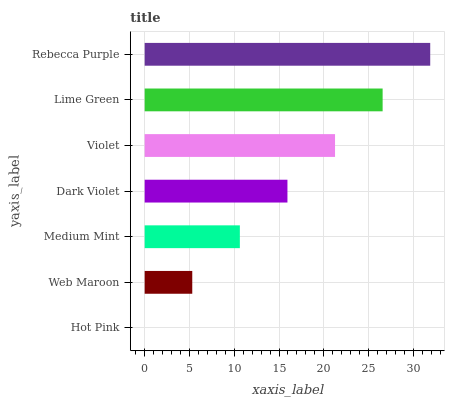
| yaxis_label | bars |
 | --- | --- |
 | Hot Pink | 0 |
 | Web Maroon | 5.31 |
 | Medium Mint | 10.6 |
 | Dark Violet | 15.9 |
 | Violet | 21.3 |
 | Lime Green | 26.6 |
 | Rebecca Purple | 31.9 |